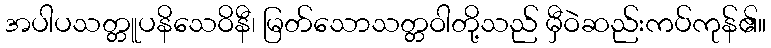
အပါပသတ္တူပနိသေဝိနီ၊ မြတ်သောသတ္တဝါတို့သည် မှီဝဲဆည်းကပ်ကုန်၏။